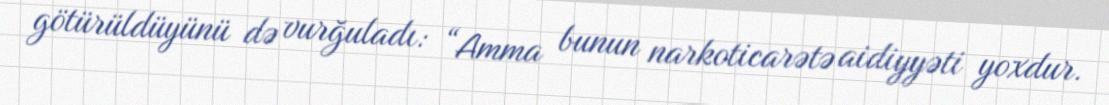
götürüldüyünü də vurğuladı: “Amma bunun narkoticarətə aidiyyəti yoxdur.